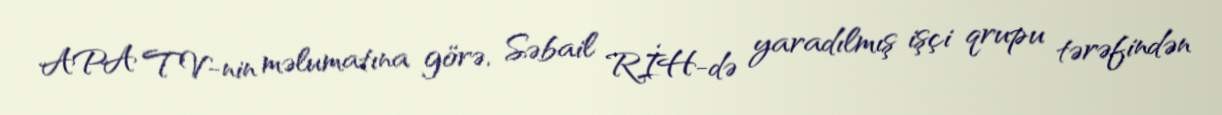
APA TV-nin məlumatına görə, Səbail RİH-də yaradılmış işçi qrupu tərəfindən